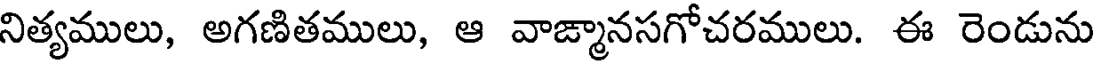
నిత్యములు, అగణితములు, ఆ వాఙ్మానసగోచరములు. ఈ రెండును